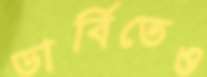
ডার্বিতেও